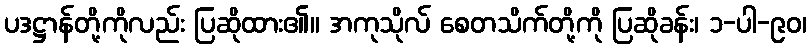
ပဒဋ္ဌာန်တို့ကိုလည်း ပြဆိုထား၏။ အကုသိုလ် စေတသိက်တို့ကို ပြဆိုခန်း၊ ၁-ပါ-၉၀၊